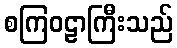
စကြဝဠာကြီးသည်